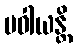
ပဝါယန္တိ